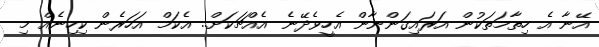
އޭނާ އެ ހިތާމަތަކުން އަރައިގަންނާން އެހީވެދޭނެ އެއްޗަކަށް.. އެކަމް އަހަރެން ކިހިނެއް މި